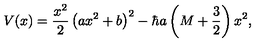
V ( x ) = \frac { x ^ { 2 } } 2 \left( a x ^ { 2 } + b \right) ^ { 2 } - \hbar a \left( M + \frac { 3 } { 2 } \right) x ^ { 2 } ,